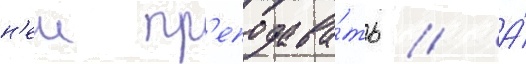
н'еи пр'еподава́ть // А́